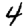
Digit: 4